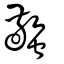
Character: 蟼